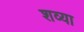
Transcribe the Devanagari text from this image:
शव्या